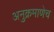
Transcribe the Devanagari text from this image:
अनुक्रमाणेच